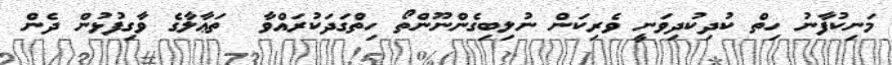
މަނިކުފާނު ހިތް ކުދިކުދިވަނީ ވެރިކަން ނުލިބިގެންނޫންތޯ ހިތްގަދަކުރައްވާ  ތަޢާލާގެ ވާގިފުޅުން ދެން